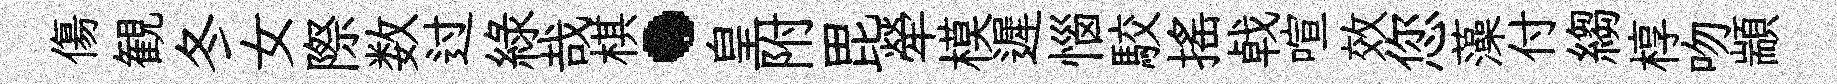
傷観冬女際数过綠哉棋·皇附毘犖模遲惱駮揺㦸喧效您藻付縐椁吻顓